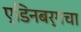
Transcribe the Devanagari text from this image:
ए्डिनबर्गचा